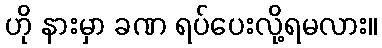
ဟို နားမှာ ခဏ ရပ်ပေးလို့ရမလား။